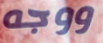
ووجه